Tartu_pedagoogiumi_aruanded, lk 13
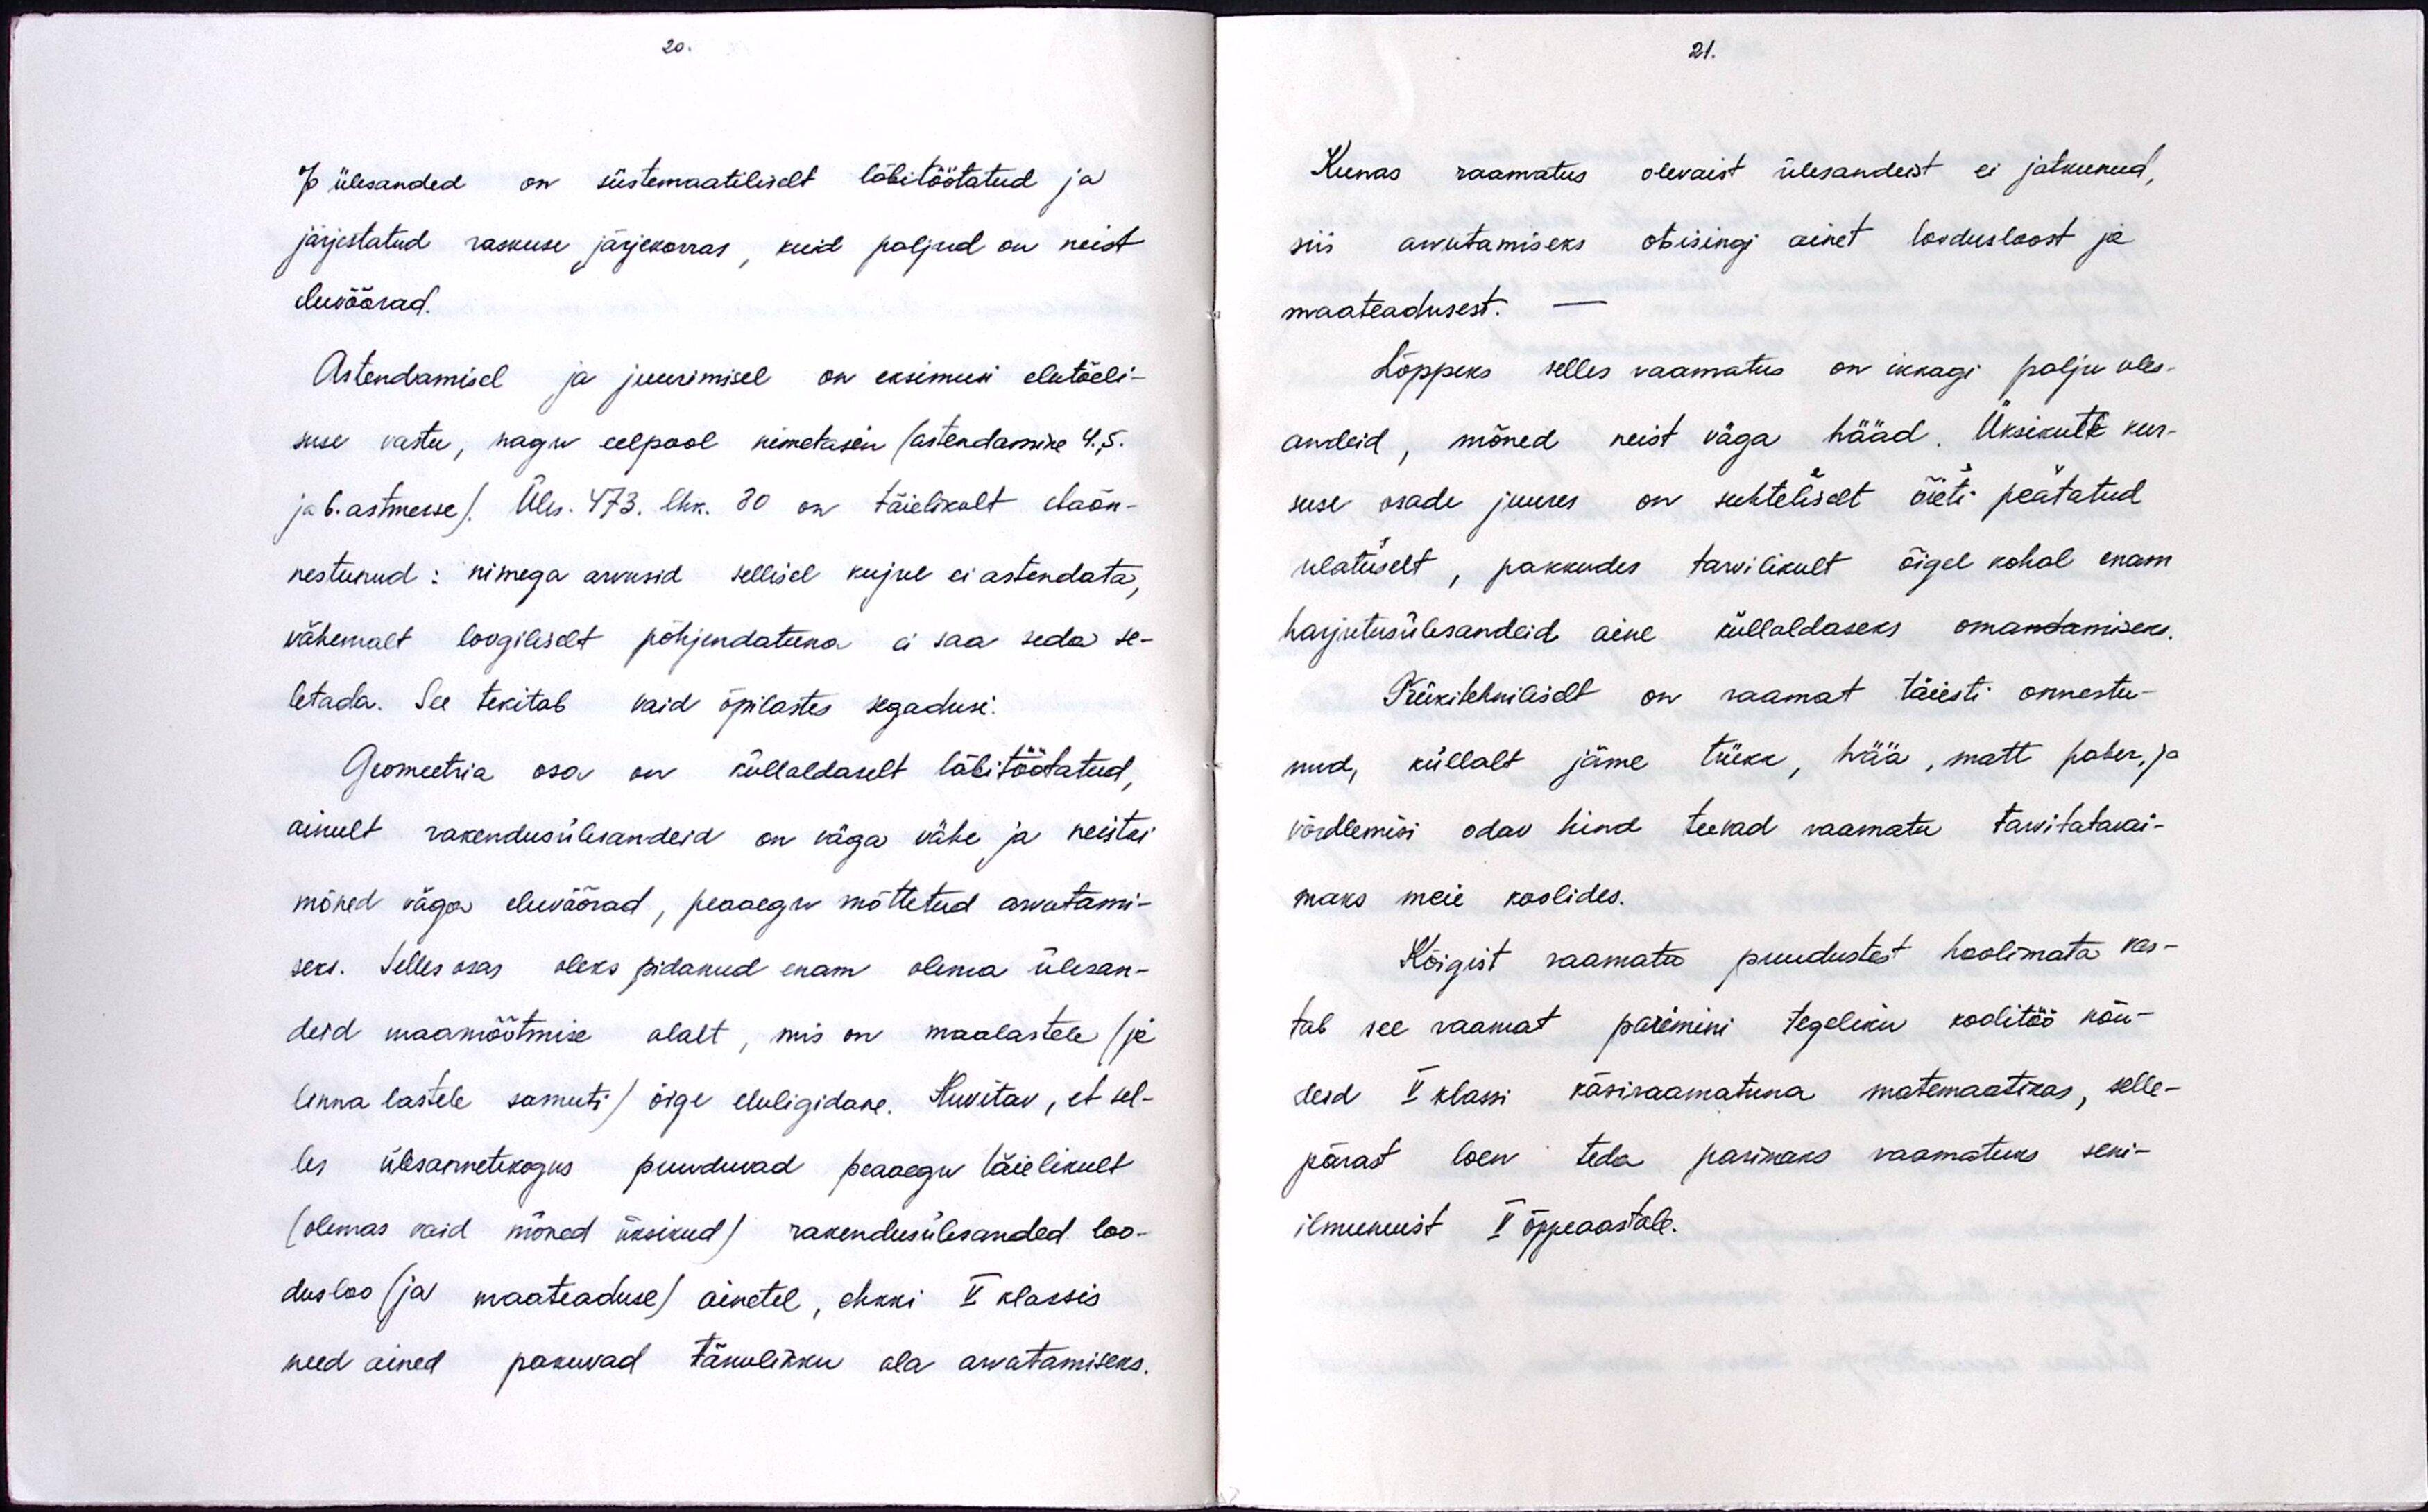
20.
% ülesanded on süstemaatiliselt läbitöötatud ja
järjestatud raskuse järjekorras, kuid paljud on neist
eluvõõrad.
Astendamisel ja juurimisel on eksimusi elutõeli-
suse vastu, nagu eelpool nimetasin (astendamine 4.5.
ja 6. astmesse). Üles. 473 lhk. 30 on täielikult ebaõn-
nestunud: nimega arvusid sellisel kujul ei astendata,
vähemalt loogiliselt põhjendatuna ei saa seda se-
letada. See tekitab vaid õpilastes segadusi.
Geomeetria osa on küllaldaselt läbitöötatud,
ainult rakendusülesandeid on väga vähe ja neistki
mõned väga eluväärad, peaaegu mõttetud arvutami-
seks. Selles osas oleks pidanud enam olema ülesan-
deid maamõõtmise alalt, mis on maalastele (ja
linna lastele samuti) õige eluligidane. Huvitav, et sel-
les ülesannetekogus puuduvad peaaegu täielikult
(olemas vaid mõned üksikud) rakendusülesanded loo-
dusloo (ja maateaduse) ainetel, ehkki V klassis
need ained pakuvad tänulikku ala arvuatamiseks.

21.
Kunas raamatus olevaist ülesandeist ei jätkunud,
siis arvutamiseks otsisingi ainet loodusloost ja
maateadusest.
Lõppeks selles raamatus on ikkagi palju üles-
andeid, mõned neist väga hääd. Üksikute kur-
suse osade juures on suhteliselt õieti peatatud
ulatuselt, pakkudes tarvilikult õigel kohal enam
harjutusülesandeid aine küllaldaseks omandamiseks.
Trükitehniliselt on raamat täiesti õnnestu-
nud, küllalt jäme tükk, hää, matt paber, ja
võrdlemisi odav hind teevad raamatu tarvitatavai-
maks meie koolides.
Kõigist raamata puudustest hoolimata vas-
tab see raamat parimini tegeliku koolitöö nõu-
deid V klassi käsiraamatuna matemaatikas, selle-
pärast loen teda parimaks raamatuks seni-
ilmunuist V õppeaastale.